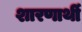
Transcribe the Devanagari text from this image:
शारणार्थी